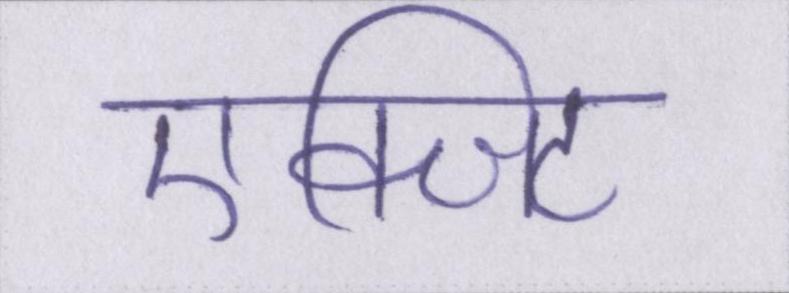
एक्जिट